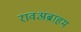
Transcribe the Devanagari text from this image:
रावअब्राहम